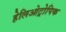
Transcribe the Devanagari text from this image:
हेलिओट्रोपिक